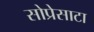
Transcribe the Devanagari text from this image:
सोप्रेसाटा